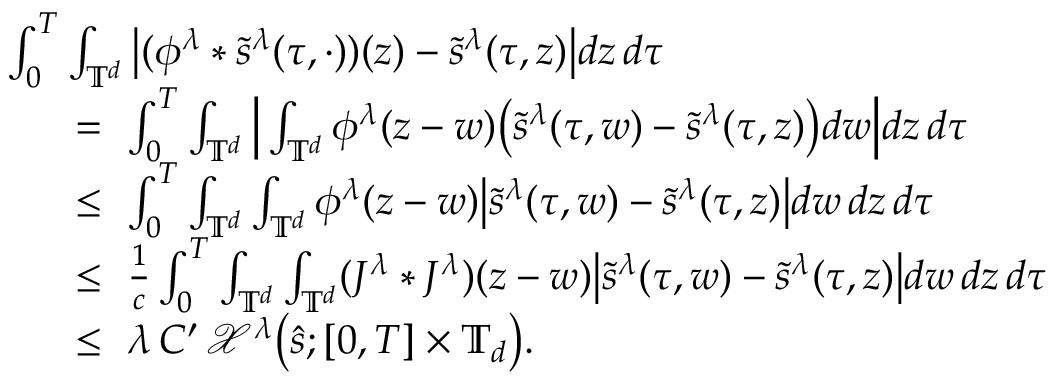
\begin{array} { r l } & { \ \int _ { 0 } ^ { T } \int _ { \mathbb { T } ^ { d } } \big | ( \phi ^ { \lambda } * \tilde { s } ^ { \lambda } ( \tau , \cdot ) ) ( z ) - \tilde { s } ^ { \lambda } ( \tau , z ) \big | d z \, d \tau } \\ & { \quad \quad = \ \int _ { 0 } ^ { T } \int _ { \mathbb { T } ^ { d } } \Big | \int _ { \mathbb { T } ^ { d } } \phi ^ { \lambda } ( z - w ) \big ( \tilde { s } ^ { \lambda } ( \tau , w ) - \tilde { s } ^ { \lambda } ( \tau , z ) \big ) d w \Big | d z \, d \tau } \\ & { \quad \quad \leq \ \int _ { 0 } ^ { T } \int _ { \mathbb { T } ^ { d } } \int _ { \mathbb { T } ^ { d } } \phi ^ { \lambda } ( z - w ) \big | \tilde { s } ^ { \lambda } ( \tau , w ) - \tilde { s } ^ { \lambda } ( \tau , z ) \big | d w \, d z \, d \tau } \\ & { \quad \quad \leq \ \frac { 1 } { c } \int _ { 0 } ^ { T } \int _ { \mathbb { T } ^ { d } } \int _ { \mathbb { T } ^ { d } } ( J ^ { \lambda } * J ^ { \lambda } ) ( z - w ) \big | \tilde { s } ^ { \lambda } ( \tau , w ) - \tilde { s } ^ { \lambda } ( \tau , z ) \big | d w \, d z \, d \tau } \\ & { \quad \quad \leq \ \lambda \, C ^ { \prime } \, \mathcal { X } ^ { \lambda } \big ( \hat { s } ; [ 0 , T ] \times \mathbb { T } _ { d } \big ) . } \end{array}